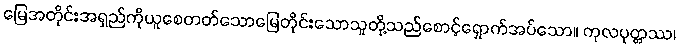
မြေအတိုင်းအရှည်ကိုယူစေတတ်သောမြေတိုင်းသောသူတို့သည်စောင့်ရှောက်အပ်သော။ ကုလပုတ္တဿ၊